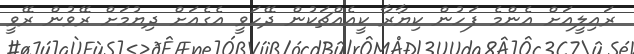
ރައިލީއަށް އެންމެ ފަހުން ކިޔާރާ ކީއެއްޗަކުން ދޭހަވީ އެގެއަށް ދިޔުމަށް ރޭވުން ރޭވީ